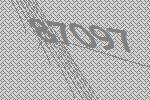
87097